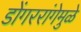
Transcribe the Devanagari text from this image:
डोंगररांगेमुळे